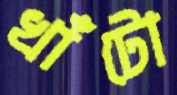
খাঁটো